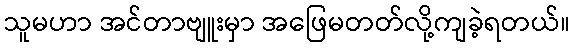
သူမဟာ အင်တာဗျူးမှာ အဖြေမတတ်လို့ကျခဲ့ရတယ်။